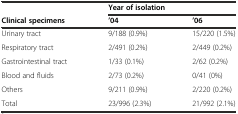
<table><thead><tr><td></td><td colspan="2"><b>Year of isolation</b></td></tr><tr><td><b>Clinical specimens</b></td><td><b>’04</b></td><td><b>’06</b></td></tr></thead><tbody><tr><td>Urinary tract</td><td>9/188 (0.9%)</td><td>15/220 (1.5%)</td></tr><tr><td>Respiratory tract</td><td>2/491 (0.2%)</td><td>2/449 (0.2%)</td></tr><tr><td>Gastrointestinal tract</td><td>1/33 (0.1%)</td><td>2/62 (0.2%)</td></tr><tr><td>Blood and fluids</td><td>2/73 (0.2%)</td><td>0/41 (0%)</td></tr><tr><td>Others</td><td>9/211 (0.9%)</td><td>2/220 (0.2%)</td></tr><tr><td>Total</td><td>23/996 (2.3%)</td><td>21/992 (2.1%)</td></tr></tbody></table>